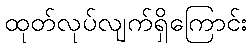
ထုတ်လုပ်လျက်ရှိကြောင်း